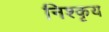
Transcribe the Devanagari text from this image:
निश्कृय